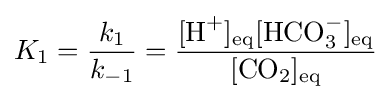
K_{1}={\frac {k_{1}}{k_{-1}}}={\frac {[{\textrm {H}}^{+}]_{\text{eq}}[{\textrm {HCO}}_{3}^{-}]_{\text{eq}}}{[{\textrm {CO}}_{2}]_{\text{eq}}}}